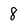
Character: 8